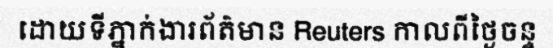
ដោយទីភ្នាក់ងារព័ត៌មាន Reuters កាលពីថ្ងៃចន្ទ